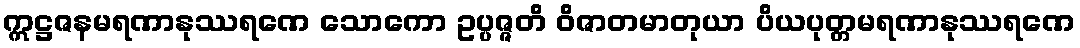
ဣဋ္ဌဇနမရဏာနုဿရဏေ သောကော ဥပ္ပဇ္ဇတိ ဝိဇာတမာတုယာ ပိယပုတ္တမရဏာနုဿရဏေ